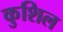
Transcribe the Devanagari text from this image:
कुशिल